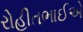
રોહીતભાઈએ